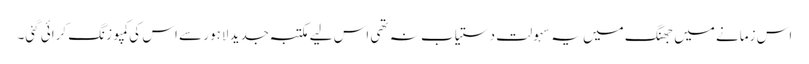
اس زمانے میں جھنگ میں یہ سہولت دستیاب نہ تھی اس لیے مکتبہ جدید لاہور سے اس کی کمپوزنگ کرائی گئی۔